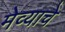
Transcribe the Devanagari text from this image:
मेव्याचे